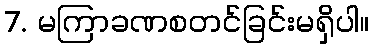
7. မကြာခဏစတင်ခြင်းမရှိပါ။